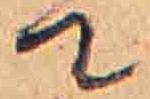
て